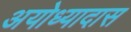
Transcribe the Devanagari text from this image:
अयोध्यादास